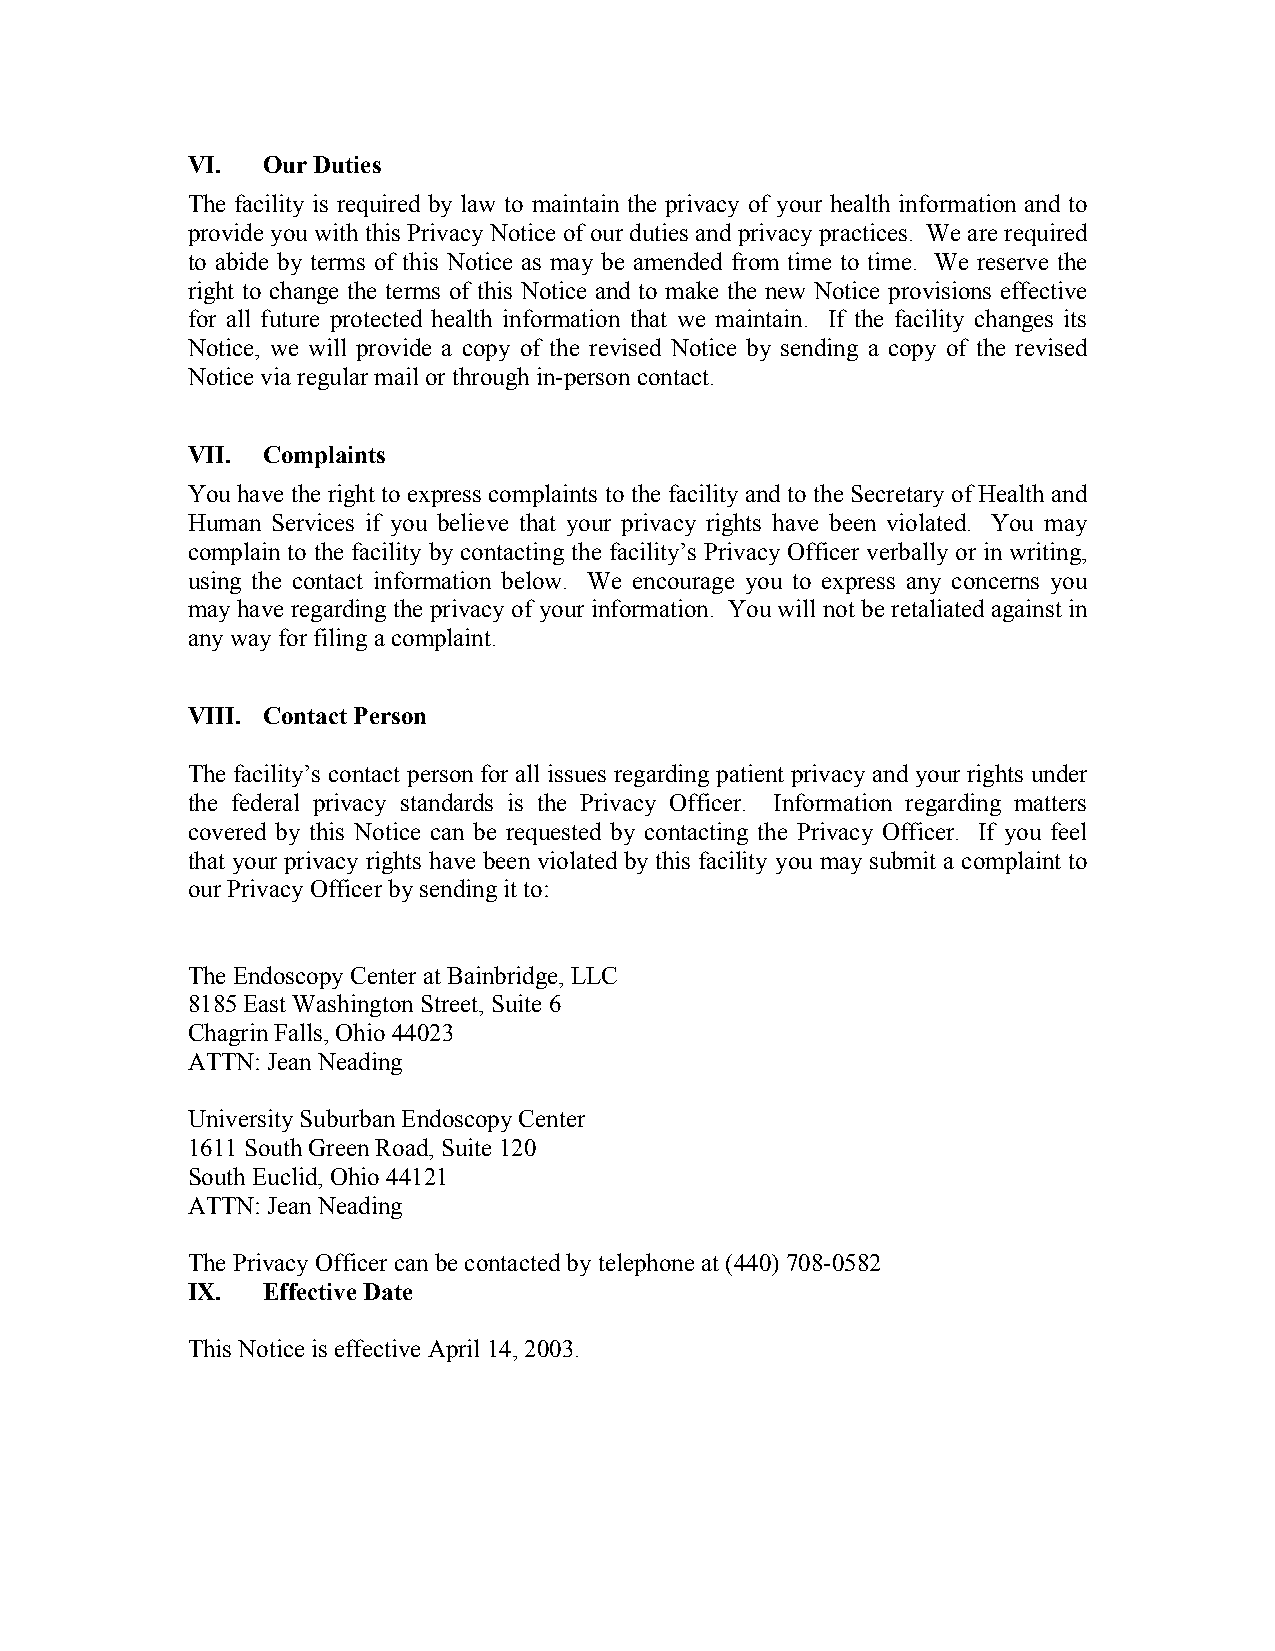
VI.  Our Duties
 The facility is required by law to maintain the privacy of your health information and to
 provide you with this Privacy Notice of our duties and privacy practices. We are required
 to abide by terms of this Notice as may be amended from time to time. We reserve the
 right to change the terms of this Notice and to make the new Notice provisions effective
 for all future protected health information that we maintain. If the facility changes its
 Notice, we will provide a copy of the revised Notice by sending a copy of the revised
 Notice via regular mail or through in-person contact.
 VII. Complaints
 You have the right to express complaints to the facility and to the Secretary of Health and
 Human Services if you believe that your privacy rights have been violated. You may
 complain to the facility by contacting the facility’s Privacy Officer verbally or in writing,
 using the contact information below. We encourage you to express any concerns you
 may have regarding the privacy of your information. You will not be retaliated against in
 any way for filing a complaint.
 VIII. Contact Person
 The facility’s contact person for all issues regarding patient privacy and your rights under
 the federal privacy standards is the Privacy Officer. Information regarding matters
 covered by this Notice can be requested by contacting the Privacy Officer. If you feel
 that your privacy rights have been violated by this facility you may submit a complaint to
 our Privacy Officer by sending it to:
 The Endoscopy Center at Bainbridge, LLC
 8185 East Washington Street, Suite 6
 Chagrin Falls, Ohio 44023
 ATTN: Jean Neading
 University Suburban Endoscopy Center
 1611 South Green Road, Suite 120
 South Euclid, Ohio 44121
 ATTN: Jean Neading
 The Privacy Officer can be contacted by telephone at (440) 708-0582
 IX.  Effective Date
 This Notice is effective April 14, 2003.